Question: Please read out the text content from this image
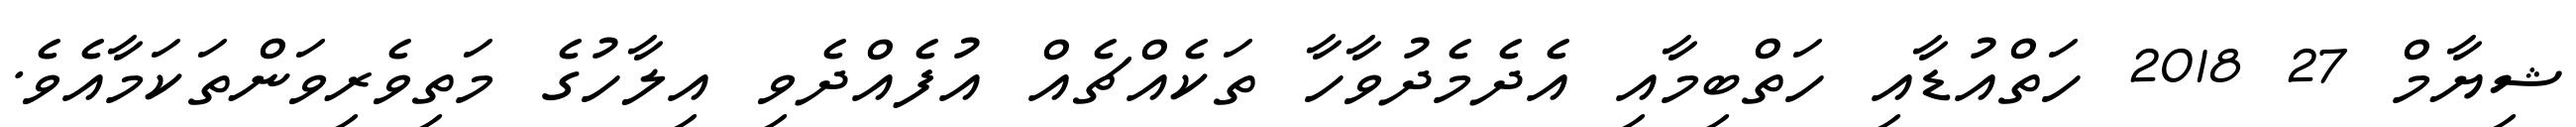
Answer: ޝިޔާމް 27 2018 ހަތްއުޑާއި ހަތްބިމާއި އެދެމެދުވާހާ ތަކެއްޗެއް އުފެއްދެވި އިލާހުގެ މަތިވެރިވަންތަކަމާއެވެ.